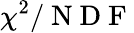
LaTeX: \chi^{2}/\mathrm{~N~D~F~}